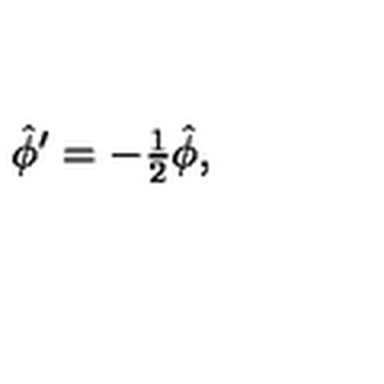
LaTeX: \hat { \phi } ^ { \prime } = - { \textstyle \frac { 1 } { 2 } } \hat { \phi } ,